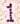
1